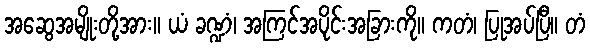
အဆွေအမျိုးတို့အား။ ယံ ခဏ္ဍံ၊ အကြင်အပိုင်းအခြားကို။ ကတံ၊ ပြုအပ်ပြီ။ တံ